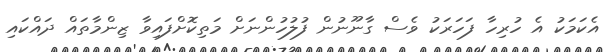
އެކަމަކު އެ ހުރިހާ ފަހަަރަކު ވެސް ގާނޫނުން ފުލުހުންނަށް މަތިކޮށްފައިވާ ޒިންމާތައް ދައްކައި